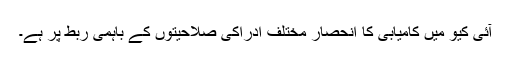
آئی کیو میں کامیابی کا انحصار مختلف ادراکی صلاحیتوں کے باہمی ربط پر ہے۔